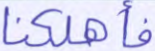
فأهلكنا